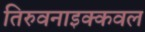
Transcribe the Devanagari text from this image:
तिरुवनाइक्कवल